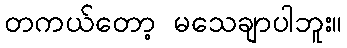
တကယ်တော့ မသေချာပါဘူး။